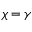
\chi = \gamma